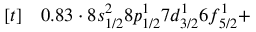
\begin{array} { r l } { [ t ] } & { { } 0 . 8 3 \cdot 8 s _ { 1 / 2 } ^ { 2 } 8 p _ { 1 / 2 } ^ { 1 } 7 d _ { 3 / 2 } ^ { 1 } 6 f _ { 5 / 2 } ^ { 1 } + } \end{array}